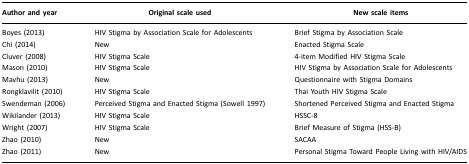
<table><thead><tr><td><b>Author and year</b></td><td><b>Original scale used</b></td><td><b>New scale items</b></td></tr></thead><tbody><tr><td>Boyes (2013)</td><td>HIV Stigma by Association Scale for Adolescents</td><td>Brief Stigma by Association Scale</td></tr><tr><td>Chi (2014)</td><td>New</td><td>Enacted Stigma Scale</td></tr><tr><td>Cluver (2008)</td><td>HIV Stigma Scale</td><td>4-item Modified HIV Stigma Scale</td></tr><tr><td>Mason (2010)</td><td>HIV Stigma Scale</td><td>HIV Stigma by Association Scale for Adolescents</td></tr><tr><td>Mavhu (2013)</td><td>New</td><td>Questionnaire with Stigma Domains</td></tr><tr><td>Rongklavilit (2010)</td><td>HIV Stigma Scale</td><td>Thai Youth HIV Stigma Scale</td></tr><tr><td>Swendeman (2006)</td><td>Perceived Stigma and Enacted Stigma (Sowell 1997)</td><td>Shortened Perceived Stigma and Enacted Stigma</td></tr><tr><td>Wikilander (2013)</td><td>HIV Stigma Scale</td><td>HSSC-8</td></tr><tr><td>Wright (2007)</td><td>HIV Stigma Scale</td><td>Brief Measure of Stigma (HSS-B)</td></tr><tr><td>Zhao (2010)</td><td>New</td><td>SACAA</td></tr><tr><td>Zhao (2011)</td><td>New</td><td>Personal Stigma Toward People Living with HIV/AIDS</td></tr></tbody></table>